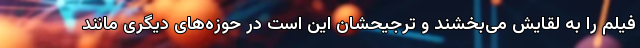
فیلم را به لقایش می‌بخشند و ترجیحشان این است در حوزه‌های دیگری مانند